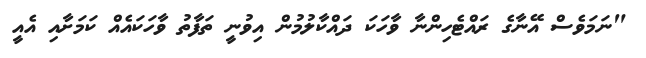
"ނަމަވެސް އޭނާގެ ރައްޓެހިންނާ ވާހަކަ ދައްކާލުމުން އިވުނީ ތަފާތު ވާހަކައެއް ކަމަށާއި އެއީ